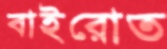
বাইরোত